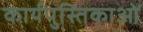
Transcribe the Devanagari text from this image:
कार्यपुस्तिकाओं